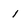
Character: i